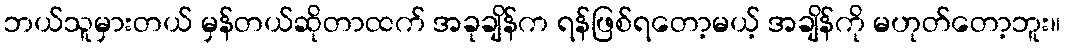
ဘယ်သူမှားတယ် မှန်တယ်ဆိုတာထက် အခုချိန်က ရန်ဖြစ်ရတော့မယ့် အချိန်ကို မဟုတ်တော့ဘူး။